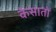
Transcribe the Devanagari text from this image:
केसातों